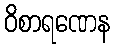
ဝိစာရဏေန